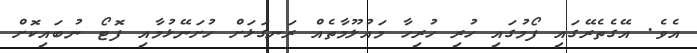
އެވެ. އޭގެތެރޭގައި ފޯމުގައި ހުރި ހުރިހާ މައުލޫމާތެއް ރަނގަޅަށް ހުށަނޭޅުމާއި ފޮޓޯ ނުބައިކޮށް